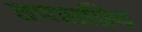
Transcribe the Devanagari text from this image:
तपसप्रिय